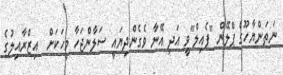
ނަތަންޔާހޫގެ ޕްލޭން "ފެއިލް"ވީ އަދި އޭނާ ވެގެންދިޔައީ ސަލާންޖަހާ މީހަކަށް  އިޒްރާއިލުގެ